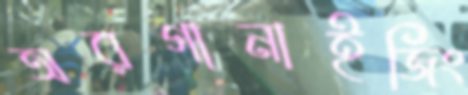
অরগানাইজিং